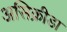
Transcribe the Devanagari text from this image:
असिक्रीडा